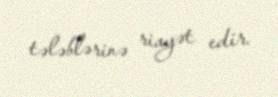
tələblərinə riayət edir.